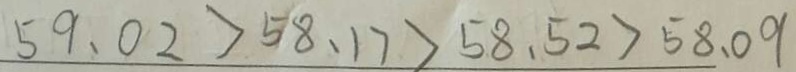
5 9 . 0 2 > 5 8 . 1 7 > 5 8 . 5 2 > 5 8 . 0 9